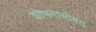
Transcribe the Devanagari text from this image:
शोभनासोबत